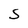
Character: S